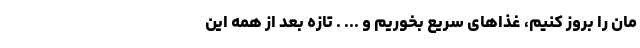
مان را بروز کنیم، غذاهای سریع بخوریم و ... . تازه بعد از همه این